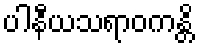
ပါနီယသရာဝကန္တိ